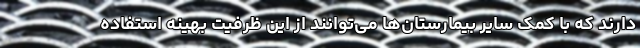
دارند که با کمک سایر بیمارستان‌ها می‌توانند از این ظرفیت بهینه استفاده